Report on the administration of the Government Cinchona Department 1892-98
Year: 1892
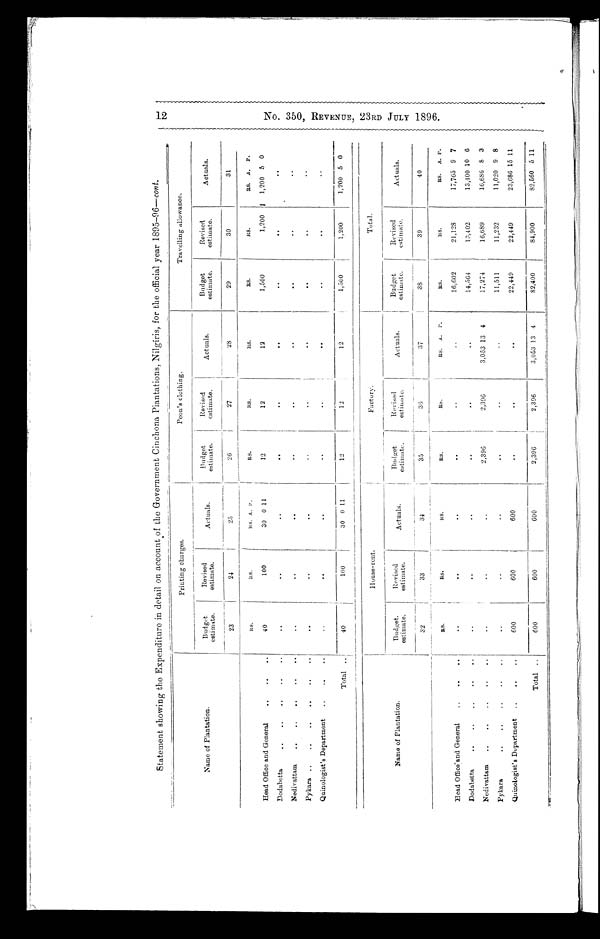
Statement showing the Expenditure in detail on account of the Government Cinchona Plantations, Nilgiris, for the official year 1895-96—cont.
Printing charges.
Peon's clothing.
Travelling allowance.
Name of Plantation.
Budget
estimate.
Revised
estimate.
Actuals.
Budget
estimate.
Revised
estimate.
Actuals.
Budget
estimate.
Revised
estimate.
Act ual .
23
24
25
26
27
28
29
30
31
RS.
RS.
Its. A. I'.
RS.
RS.
RS.
RS.
RS.
RS.
A.
P.
Head Office and General. ..
..
..
100
30 0 11
12
12
12
1,500
1,200 1 1,200 5 0
Dodabetta
..
..
..
..
.
.
.
..
Nedivattam
..
..
..
..
• •
• •
.
..
. .
. .
Pykara ..
..
..
....
. . .
..
..
..
..
• •
.
..
Quinologist's Department
..
..
.
..
..
.
.
Total .
40
100
30 0 11
12
12
12
1,500
1,200
1,200 5 0
House-rent.
Factory.
—
Total.
Name of Plantation.
Budget,
estimate:,
Revised
estimate.
Actuals.
Budget ,
estimate,
Revised
estimate.
Actuals. s
Budget
estimate.
Revised
estimate.
Act uals.
32
I
33
34
35
36
37
3
39
40
RS.
Rs.
its.
Rs.
R s . RS. A. P.
Rs.
Its.
RS.
A. 1'.
. .
. .
..
..
1 6 , 6 0 2
21,128
17,765 9 7
..
..
..
..
..
Dodabetta,.
..
..
..
..
..
..
13,402
13,100 10 6
Nedivattam
..
..
..
..
.
..
..
..
2,396
2,306
3,0.53 13 4
17,274
16,689
16,686 8 3
Pykara
..
..
..
..
..
..
..
..
• •
• '
..
11,511
11,232
11,020 9 8
Quinologist's Department
..
..
..
600
600
600
..
.
.
..
2 2
449 ,
22,449
23,686 15 11
Total ..
600
600
600
2,396
2,396
3,053 13 4
82,400
84,900
82,560 5 11
1 2 N O . 3 5 0 , R E V E N U E , 2 3 R D J U L Y 1 8 9 6 .